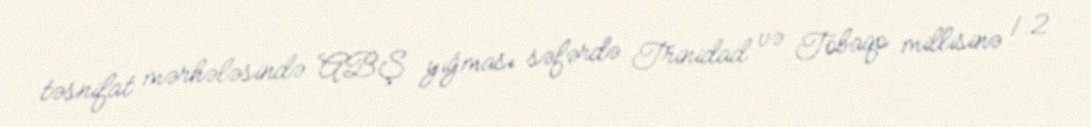
təsnifat mərhələsində ABŞ yığması səfərdə Trinidad və Tobaqo millisinə 1:2